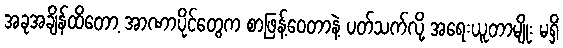
အခုအချိန်ထိတော့ အာဏာပိုင်တွေက စာဖြန့်ဝေတာနဲ့ ပတ်သက်လို့ အရေးယူတာမျိုး မရှိ